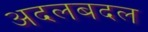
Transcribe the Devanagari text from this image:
अदलबदल